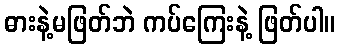
ဓားနဲ့မဖြတ်ဘဲ ကပ်ကြေးနဲ့ ဖြတ်ပါ။